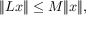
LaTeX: \| L x \| \leq M \| x \| ,